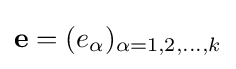
\mathbf {e} =(e_{\alpha })_{\alpha =1,2,\dots ,k}